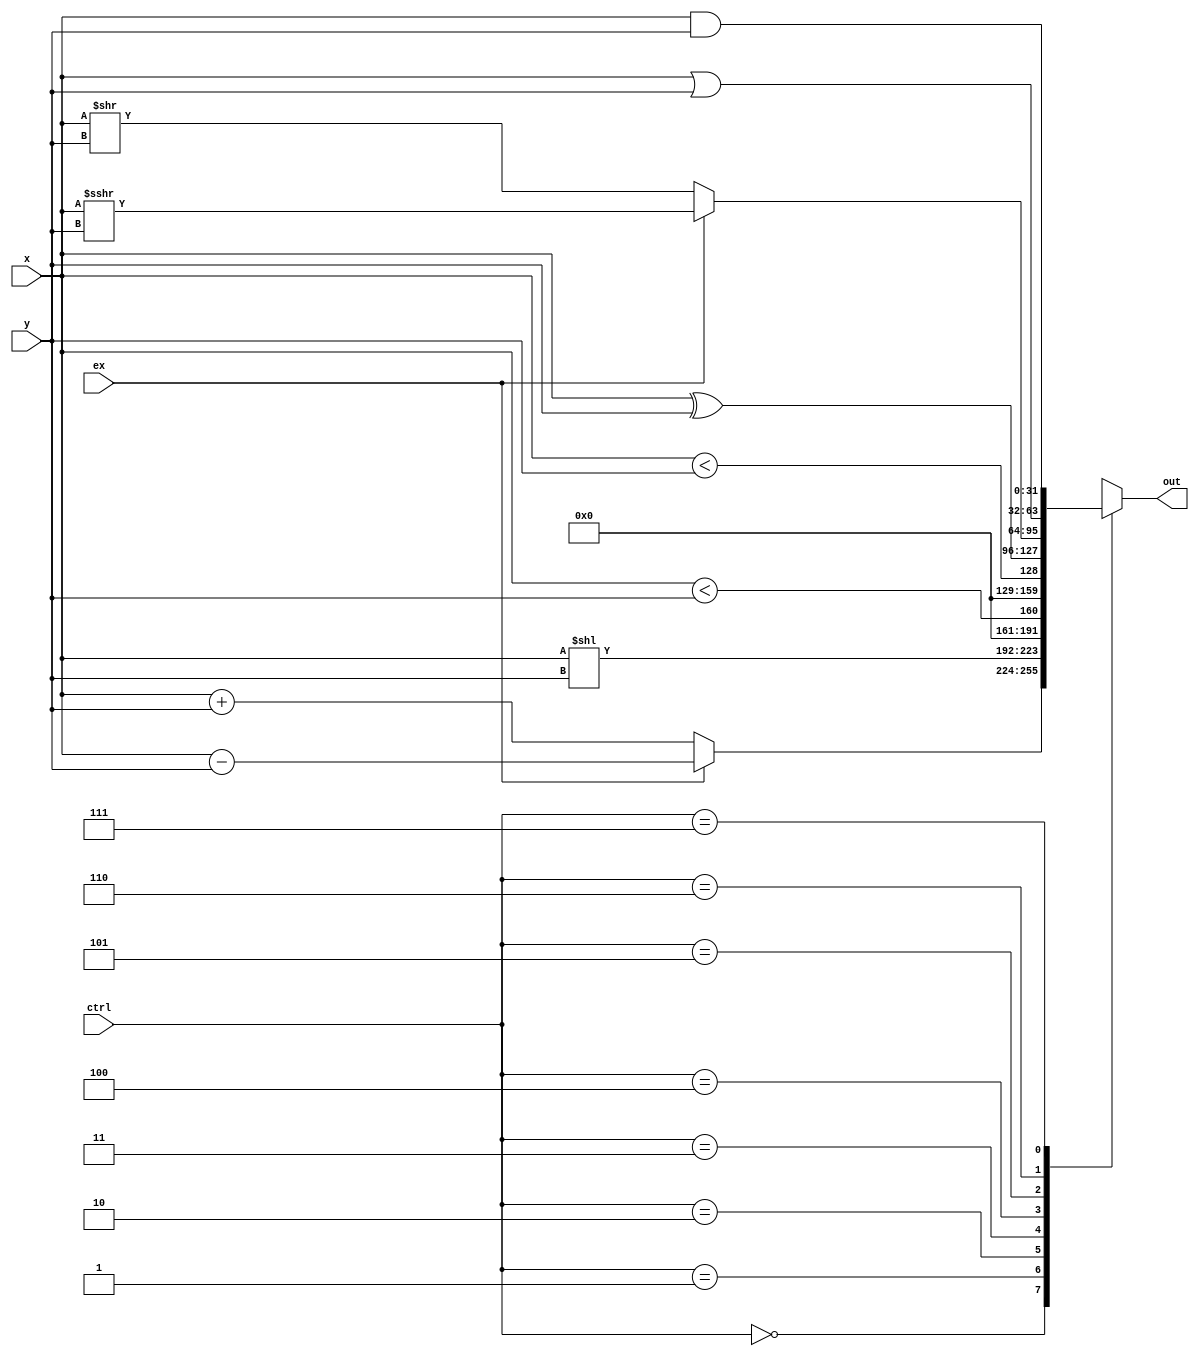
module ALU(x, y, ctrl, ex, out);
    input [31:0] x, y;
    input [2:0] ctrl;
    input ex;
    output [31:0] out;

    assign out = calculate(ex, ctrl, x, y);

    function [31:0] calculate(input ex, input [2:0] ctrl, input [31:0] x, input [31:0] y);
        begin
            case(ctrl)
            3'b000:     calculate = ex ? x - y : x + y;
            3'b001:     calculate = x << y;
            3'b010:     calculate = (x < y);
            3'b011:     calculate = ($signed(x) < $signed(y));
            3'b100:     calculate = x ^ y;
            3'b101:     calculate = ex ? $signed(x) >>> $signed(y) : x >> y;
            3'b110:     calculate = x | y;
            3'b111:     calculate = x & y;
            default:    calculate = 32'hxxxxxxxx;
            endcase
        end
    endfunction
endmodule